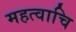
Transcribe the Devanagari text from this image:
महत्वाचि